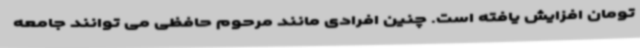
تومان افزایش یافته است. چنین افرادی مانند مرحوم حافظی می توانند جامعه